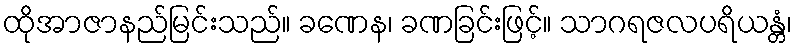
ထိုအာဇာနည်မြင်းသည်။ ခဏေန၊ ခဏခြင်းဖြင့်။ သာဂရဇလပရိယန္တံ၊